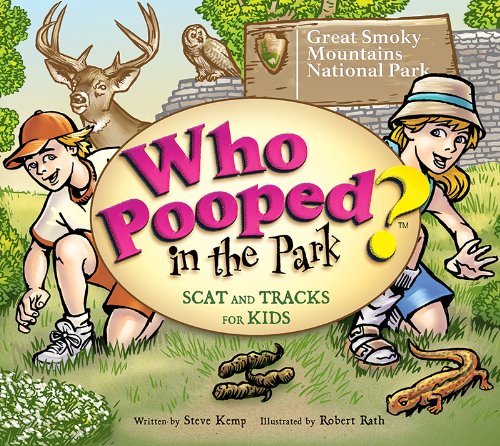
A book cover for Who Pooped in the Park? Great Smoky Mountains National Park; Steve Kemp; Children's Books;